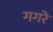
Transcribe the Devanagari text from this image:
गगरे